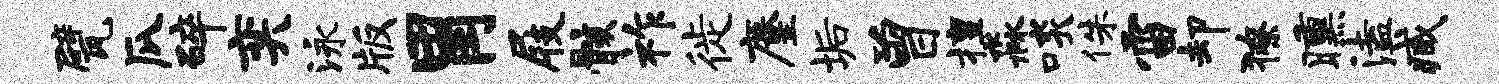
甓瓜碎奕泳版胃屐骸祚徙麈垢曾擅淼啖侏雷却獠曛溘臧